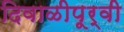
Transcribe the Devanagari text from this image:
दिवाळीपूर्वी